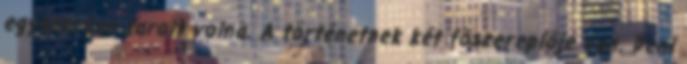
egyszerűen tarolt volna. A történetnek két főszereplője van. Deni